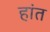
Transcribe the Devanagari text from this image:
हांत